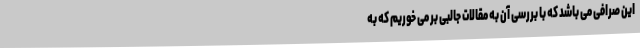
این صرافی می باشد که با بررسی آن به مقالات جالبی بر می خوریم که به